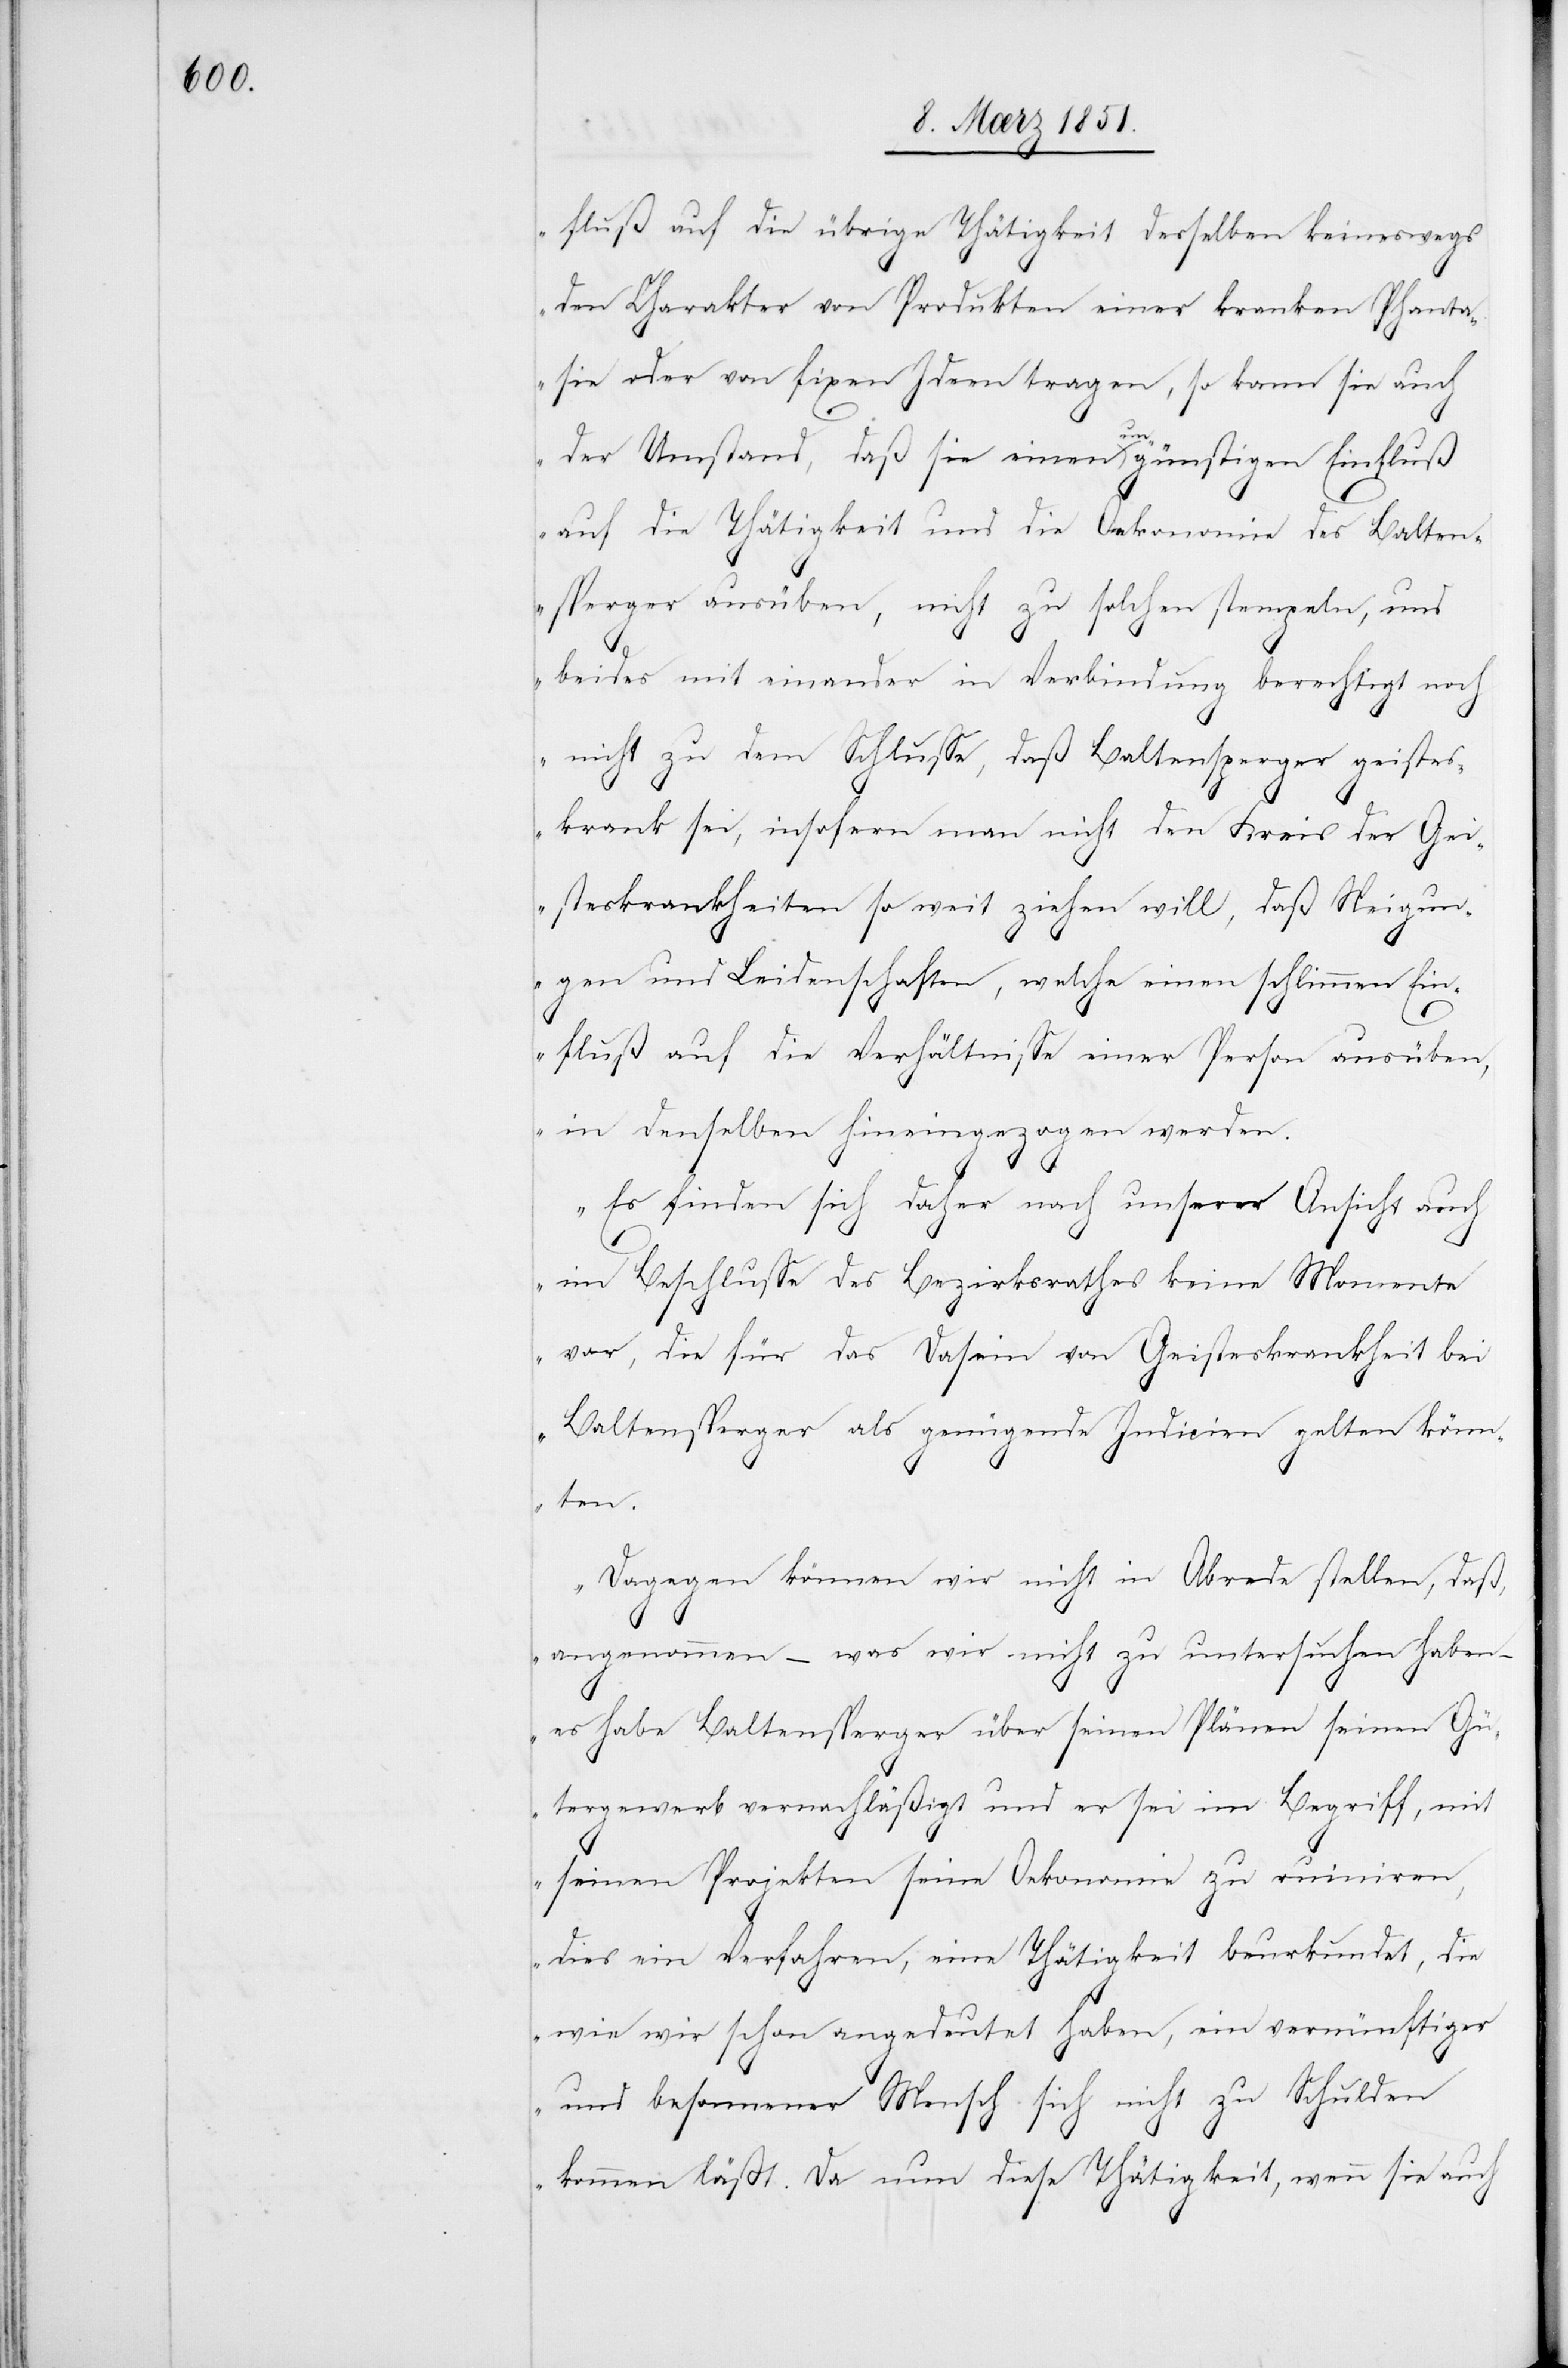
fluß auf die übrige Thätigkeit desselben keineswegs
den Charakter von Produkten einer kranken Phanta¬
sie oder von fixen Ideen tragen, so kann sie auch
der Umstand, daß sie einen ungünstigen Einfluß
auf die Thätigkeit und die Oekonomie des Balten¬
sperger ausüben, nicht zu solchen stempeln, und
beides mit einander in Verbindung berechtigt noch
nicht zu dem Schlusse, daß Baltensperger geistes¬
krank sei, insofern man nicht den Kreis der Gei¬
steskrankheiten so weit ziehen will, daß Neigun¬
gen und Leidenschaften, welche einen schlimmen Ein¬
fluß auf die Verhältnisse einer Person ausüben,
in denselben hineingezogen werden.
Es finden sich daher nach unserer Ansicht auch
im Beschlusse des Bezirksrathes keine Momente
vor, die für das Dasein von Geisteskrankheit bei
Baltensperger als genügende Indicien gelten könn¬
ten.
Dagegen können wir nicht in Abrede stellen, daß,
angenommen – was wir nicht zu untersuchen haben
–
es habe Baltensperger über seinen Plänen seinen Gü¬
tergewerb vernachläßigt und er sei im Begriff, mit
seinen Projekten seine Oekonomie zu ruiniren,
dies ein Verfahren, eine Thätigkeit beurkundet, die
wie wir schon angedeutet haben, ein vernünftiger
und besonnener Mensch sich nicht zu Schulden
kommen läßt. Da nun diese Thätigkeit, wenn sie auch